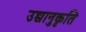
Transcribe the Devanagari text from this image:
उच्चानुकृति